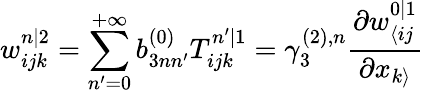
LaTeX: w_{ijk}^{n|2}=\sum_{n^{\prime}=0}^{+\infty}b_{3nn^{\prime}}^{(0)}T_{ijk}^{n^{\prime}|1}=\gamma_{3}^{(2),n}\frac{\partial w_{\langle ij}^{0|1}}{\partial x_{k\rangle}}